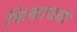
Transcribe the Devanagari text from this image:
किंकाळ्या